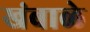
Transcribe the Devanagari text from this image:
खंबाळे